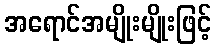
အရောင်အမျိုးမျိုးဖြင့်